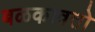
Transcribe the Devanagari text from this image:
बळकावतो